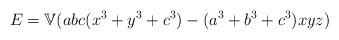
LaTeX: \begin{align*}E = \mathbb{V}(abc(x^3+y^3+c^3) - (a^3+b^3+c^3)xyz) \end{align*}